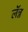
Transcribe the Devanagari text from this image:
लॅन्न